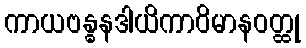
ကာယဗန္ဓနဒါယိကာဝိမာနဝတ္ထု